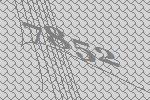
7852